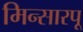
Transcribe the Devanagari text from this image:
मिन्सारपू